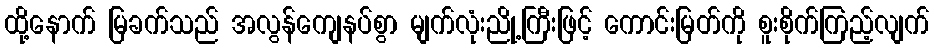
ထို့နောက် မြခက်သည် အလွန်ကျေနပ်စွာ မျက်လုံးညို့ကြီးဖြင့် ကောင်းမြတ်ကို စူးစိုက်ကြည့်လျက်